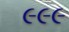
૯૯૯